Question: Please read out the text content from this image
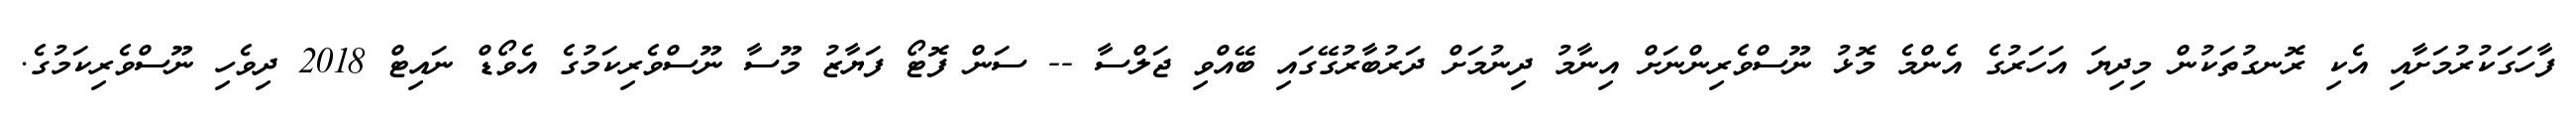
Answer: ފާހަގަކުރުމަށާއި އެކި ރޮނގުތަކުން މިދިޔަ އަހަރުގެ އެންމެ މޮޅު ނޫސްވެރިންނަށް އިނާމު ދިނުމަށް ދަރުބާރުގޭގައި ބޭއްވި ޖަލްސާ -- ސަން ފޮޓޯ ފަޔާޒު މޫސާ ނޫސްވެރިކަމުގެ އެވޯޑް ނައިޓް 2018 ދިވެހި ނޫސްވެރިކަމުގެ.